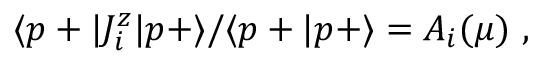
\langle p + | J _ { i } ^ { z } | p + \rangle / \langle p + | p + \rangle = A _ { i } ( \mu ) \ ,